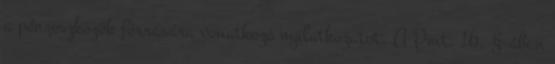
a pénzeszközök forrására vonatkozó nyilatkozatot. A Pmt. 16. §-ában